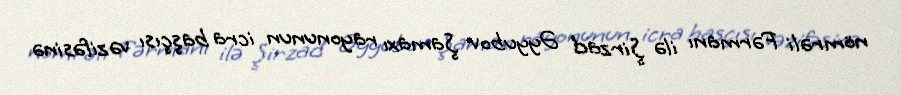
nömrəli Fərmanı ilə Şirzad Əyyubov Şamaxı rayonunun icra başçısı vəzifəsinə